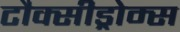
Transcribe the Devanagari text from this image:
टौक्सीड्रोम्स